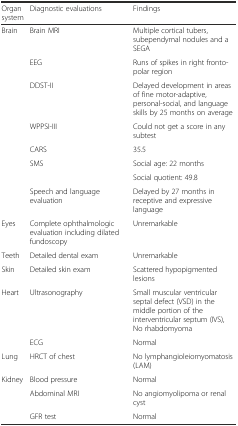
| Organ system | Diagnostic evaluations | Findings |
 | --- | --- | --- |
 | Brain | Brain MRI | Multiple cortical tubers, subependymal nodules and a SEGA |
 |  | EEG | Runs of spikes in right fronto-polar region |
 |  | DDST-II | Delayed development in areas of fine motor-adaptive, personal-social, and language skills by 25 months on average |
 |  | WPPSI-III | Could not get a score in any subtest |
 |  | CARS | 35.5 |
 | <ROWSPAN=2>  | <ROWSPAN=2> SMS | Social age: 22 months |
 | Social quotient: 49.8 |
 |  | Speech and language evaluation | Delayed by 27 months in receptive and expressive language |
 | Eyes | Complete ophthalmologic evaluation including dilated fundoscopy | Unremarkable |
 | Teeth | Detailed dental exam | Unremarkable |
 | Skin | Detailed skin exam | Scattered hypopigmented lesions |
 | Heart | Ultrasonography | Small muscular ventricular septal defect (VSD) in the middle portion of the interventricular septum (IVS), No rhabdomyoma |
 |  | ECG | Normal |
 | Lung | HRCT of chest | No lymphangioleiomyomatosis (LAM) |
 | Kidney | Blood pressure | Normal |
 |  | Abdominal MRI | No angiomyolipoma or renal cyst |
 |  | GFR test | Normal |